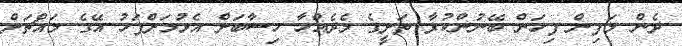
ދެން މަފިން ފިހަން ބޭނުންކުރާ ތަށީގެ މެދެއްހާ ހިސާބަށް އެޅުމަށްފަހު އޭގެ މައްޗަށް